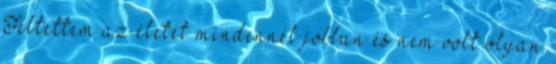
Féltettem az életét mindennél jobban és nem volt olyan